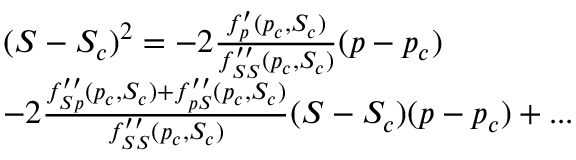
\begin{array} { r l } & { ( S - S _ { c } ) ^ { 2 } = - 2 \frac { f _ { p } ^ { \prime } ( p _ { c } , S _ { c } ) } { f _ { S S } ^ { \prime \prime } ( p _ { c } , S _ { c } ) } ( p - p _ { c } ) } \\ & { - 2 \frac { f _ { S p } ^ { \prime \prime } ( p _ { c } , S _ { c } ) + f _ { p S } ^ { \prime \prime } ( p _ { c } , S _ { c } ) } { f _ { S S } ^ { \prime \prime } ( p _ { c } , S _ { c } ) } ( S - S _ { c } ) ( p - p _ { c } ) + . . . } \end{array}